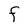
Character: F